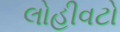
લોહીવટો